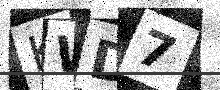
Text: KWD7